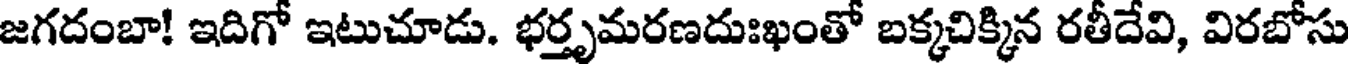
జగదంబా! ఇదిగో ఇటుచూడు. భర్తృమరణదుఃఖంతో బక్కచిక్కిన రతీదేవి, విరబోసు